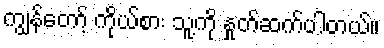
ကျွန်တော့် ကိုယ်စား သူ့ကို နှုတ်ဆက်ပါတယ်။